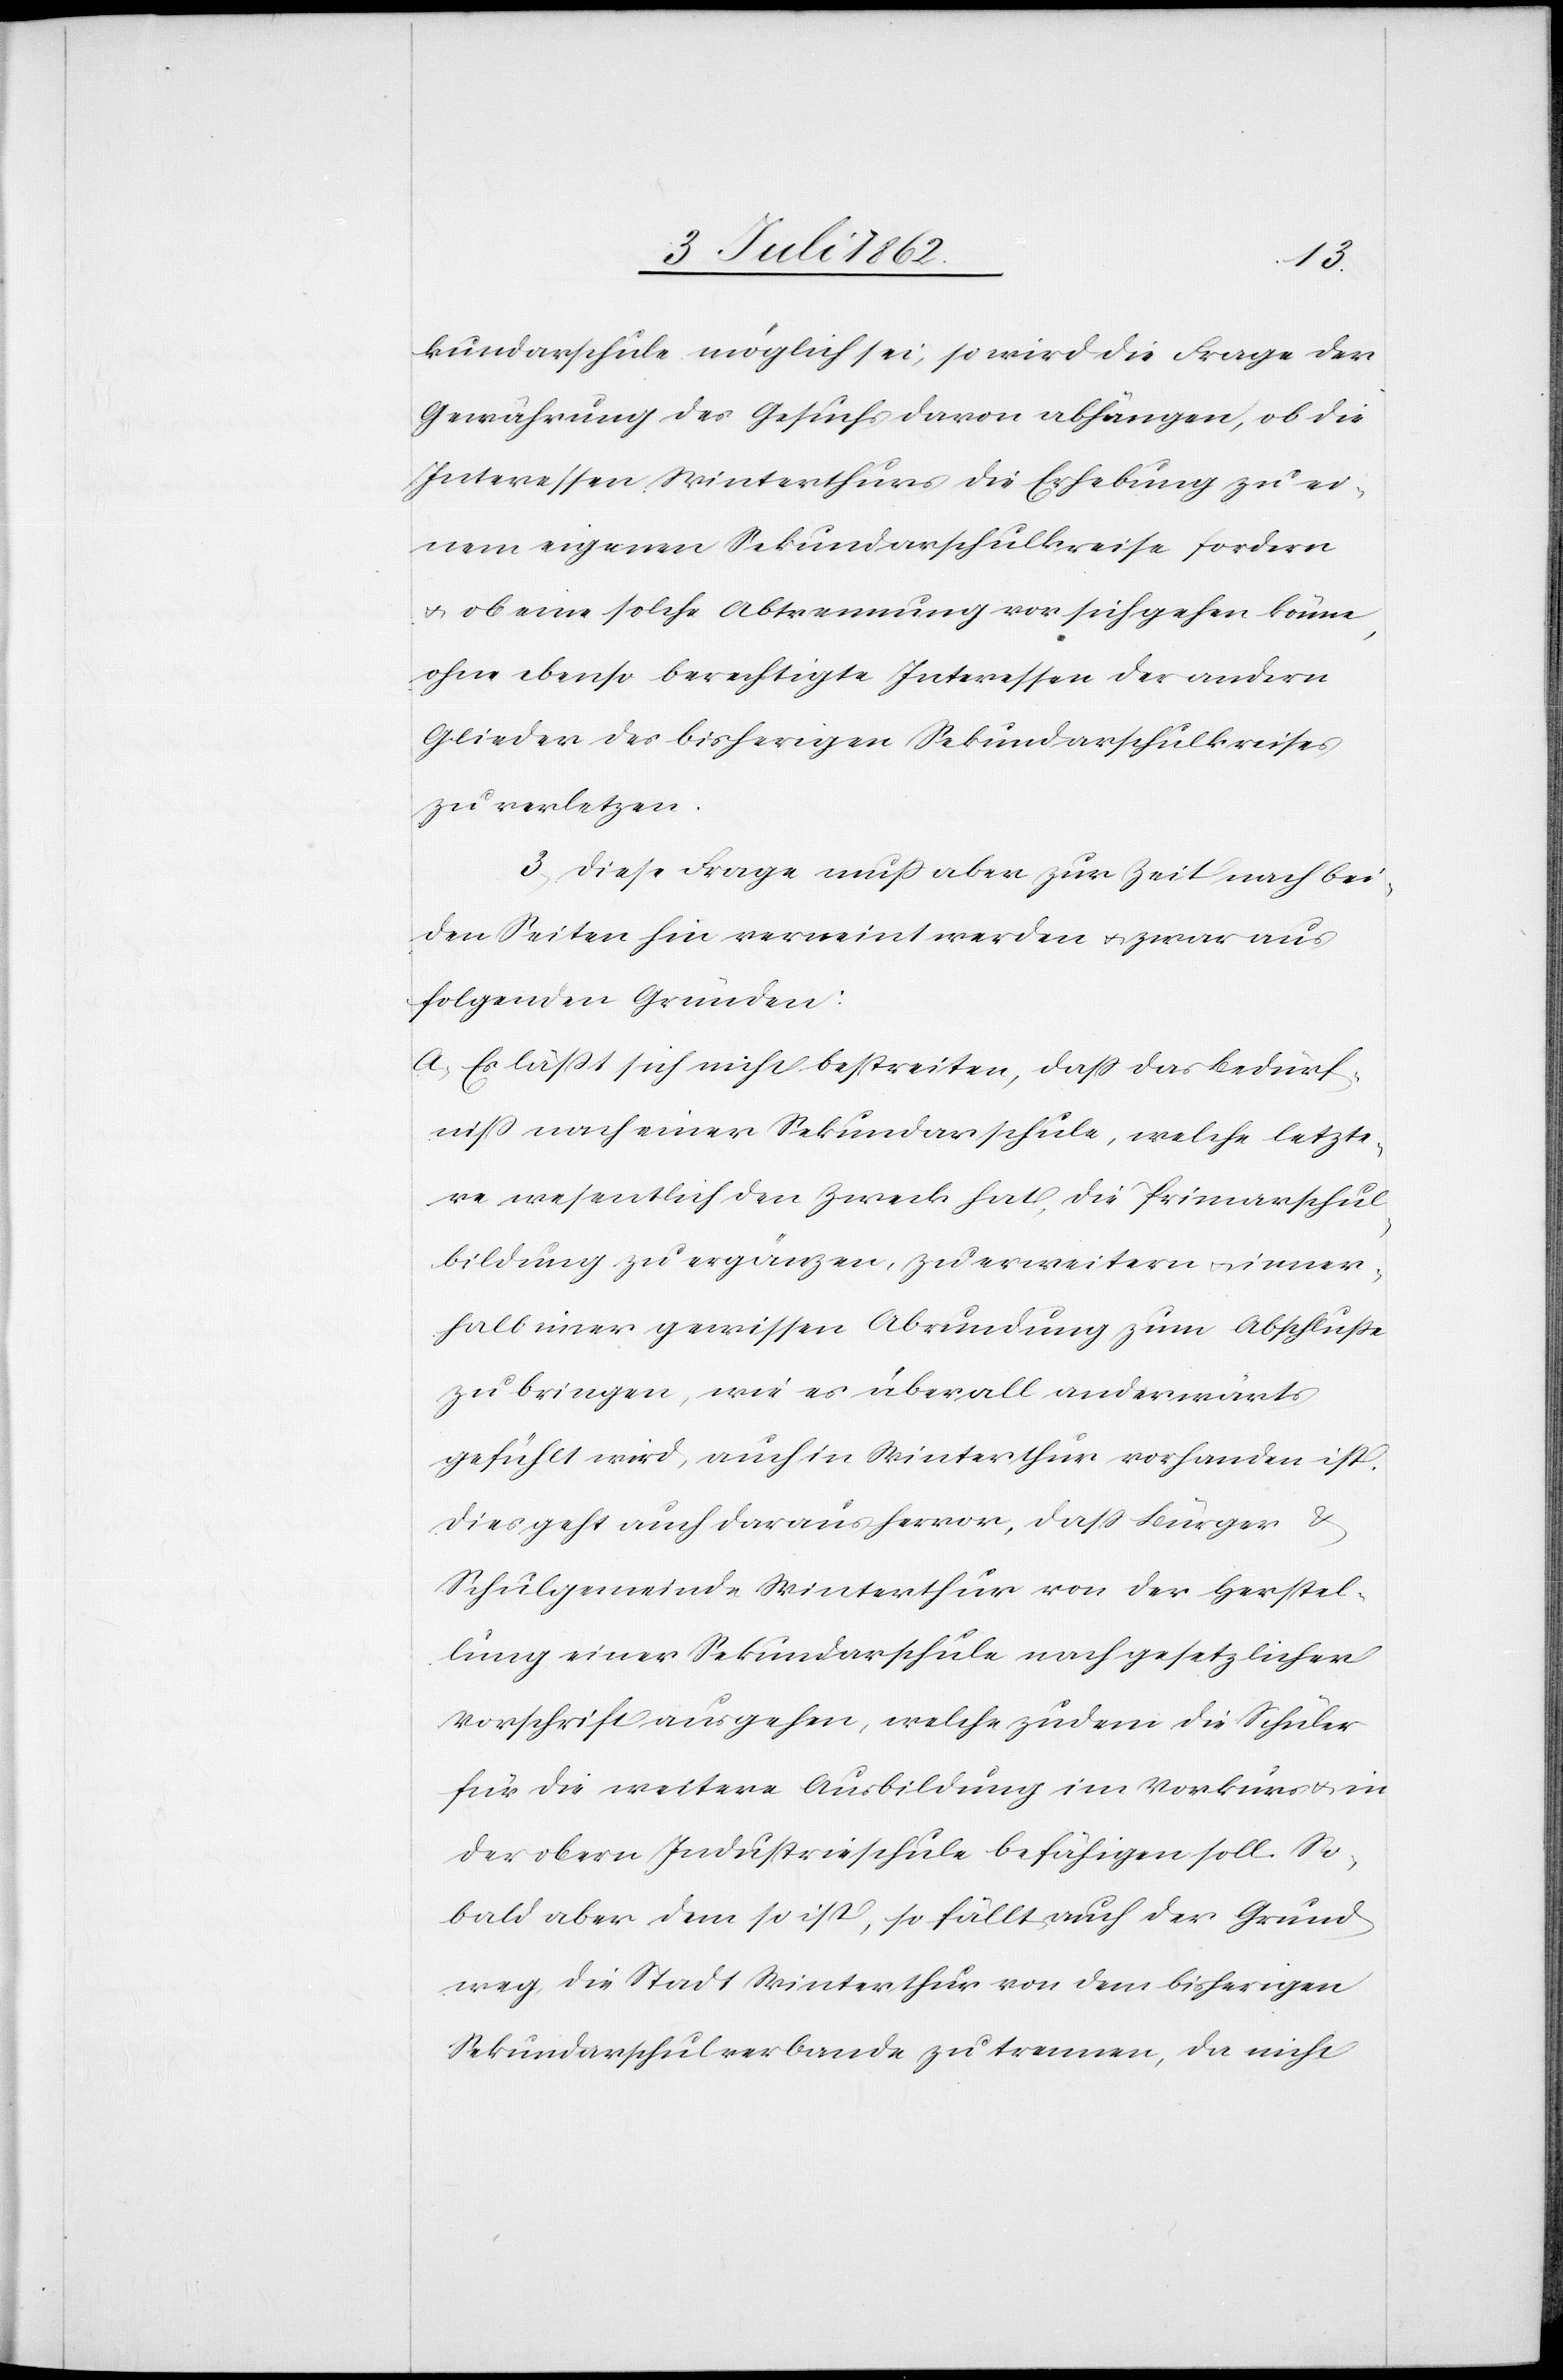
kundarschule möglich sei, so wird die Frage der
Gewährung des Gesuchs davon abhängen, ob die
Interessen Winterthurs die Erhebung zu ei¬
nem eigenen Sekundarschulkreise fordern
u. ob eine solche Abtrennung vor sich gehen könne,
ohne ebenso berechtigte Interessen der andern
Glieder des bisherigen Sekundarschulkreises
zu verletzen.
3. Diese Frage muß aber zur Zeit nach bei¬
den Seiten hin verneint werden u. zwar aus
folgenden Gründen:
a. Es läßt sich nicht bestreiten, daß das Bedürf¬
niß nach einer Sekundarschule, welche letzte¬
re wesentlich den Zweck hat, die Primarschul¬
bildung zu ergänzen, zu erweitern u. inner¬
halb einer gewissen Abrundung zum Abschluße
zu bringen, wie es überall anderwärts
gefühlt wird, auch in Winterthur vorhanden ist.
Dies geht auch daraus hervor, daß Bürger u.
Schulgemeinde Winterthur von der Herstel¬
lung einer Sekundarschule nach gesetzlicher
Vorschrift ausgehen, welche zudem die Schüler
für die weitere Ausbildung im Vorkurs u. in
der obern Industrieschule befähigen soll. So¬
bald aber dem so ist, so fällt auch der Grund
weg die Stadt Winterthur von dem bisherigen
Sekundarschulverbande zu trennen, da nicht